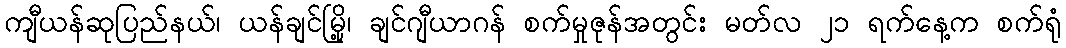
ကျီယန်ဆုပြည်နယ်၊ ယန်ချင်မြို့၊ ချင်ဂျီယာဂန် စက်မှုဇုန်အတွင်း မတ်လ ၂၁ ရက်နေ့က စက်ရုံ